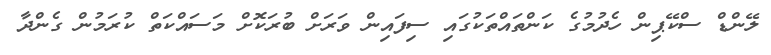
ލޭންޑް ސްކޭޕިން ހެދުމުގެ ކަންތައްތަކުގައި ސިފައިން ވަރަށް ބުރަކޮށް މަސައްކަތް ކުރަމުން ގެންދާ